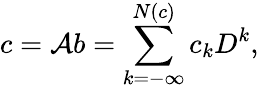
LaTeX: c=\mathcal{A}b=\sum_{k=-\infty}^{N(c)}c_{k}D^{k},